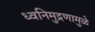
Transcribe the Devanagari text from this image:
ध्वनिमुद्रणामुळे